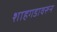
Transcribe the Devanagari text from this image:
शाहगडावरून